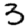
Digit: 3